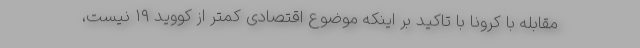
مقابله با کرونا با تاکید بر اینکه موضوع اقتصادی کمتر از کووید ۱۹ نیست،